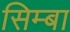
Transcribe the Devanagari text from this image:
सिम्बा